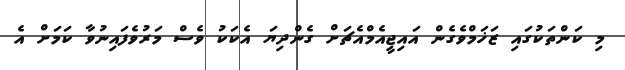
މި ކަންތަކުގައި ޒަޚަމްވެގެން އައިޖީއެމްއެޗަށް ގެންދިޔަ އެކަކު ވެސް މަރުވެފައިނުވާ ކަމަށް އެ